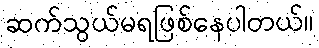
ဆက်သွယ်မရဖြစ်နေပါတယ်။